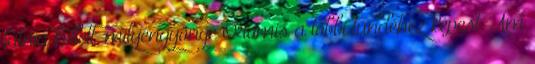
látnia kellett, milyengyönge Oromis a többi tündéhez képest. Ám